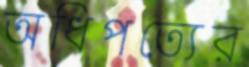
অধিপত্যের